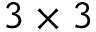
3 \times 3